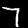
Digit: 7